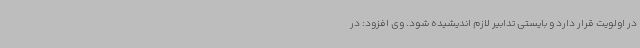
در اولویت قرار دارد و بایستی تدابیر لازم اندیشیده شود. وی افزود: در